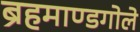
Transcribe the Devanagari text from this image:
ब्रहमाण्डगोले